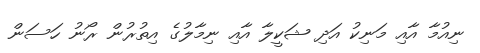
ނިއުމާ އާއި މަނިކު އަދި ޝަކީލާ އާއި ނިމާލުގެ އިތުރުން ރޯނު ހަސަން